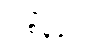
တစ်ခုခုတွင်